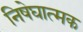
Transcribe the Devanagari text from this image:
निषेघात्मक